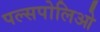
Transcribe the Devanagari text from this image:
पल्सपोलिओ